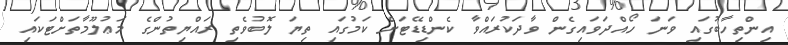
އިންތިހާބުގައި ވަނަ ހޯއްދަވައިގެން ވާދަކުރައްވާ ކެންޑިޑޭޓަށް ކަމުގައި ތިޔަ ލޮބުވެތި ރައްޔިތުންގެ މަޢުލޫމާތަށްޓަކައި